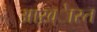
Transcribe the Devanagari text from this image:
आख़्ेारत